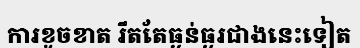
ការខូចខាត រឹតតែធ្ងន់ធ្ងរជាងនេះទៀត